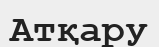
Атқару